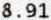
8.91